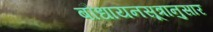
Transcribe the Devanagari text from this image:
बौधायनसूत्रानुसार